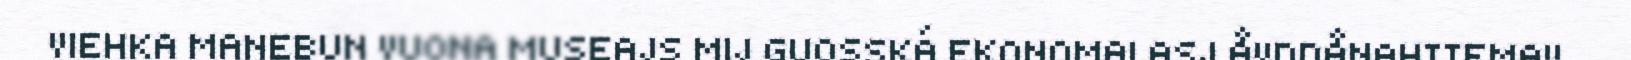
VIEHKA MAŊEBUN VUONA MUSEAJS MIJ GUOSSKÁ EKONOMALASJ ÅVDDÅNAHTTEMAV